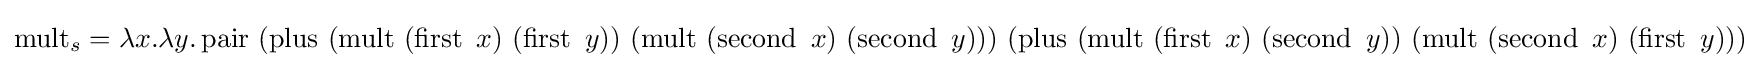
\operatorname {mult} _{s}=\lambda x.\lambda y.\operatorname {pair} \ (\operatorname {plus} \ (\operatorname {mult} \ (\operatorname {first} \ x)\ (\operatorname {first} \ y))\ (\operatorname {mult} \ (\operatorname {second} \ x)\ (\operatorname {second} \ y)))\ (\operatorname {plus} \ (\operatorname {mult} \ (\operatorname {first} \ x)\ (\operatorname {second} \ y))\ (\operatorname {mult} \ (\operatorname {second} \ x)\ (\operatorname {first} \ y)))